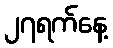
၂၇ရက်နေ့